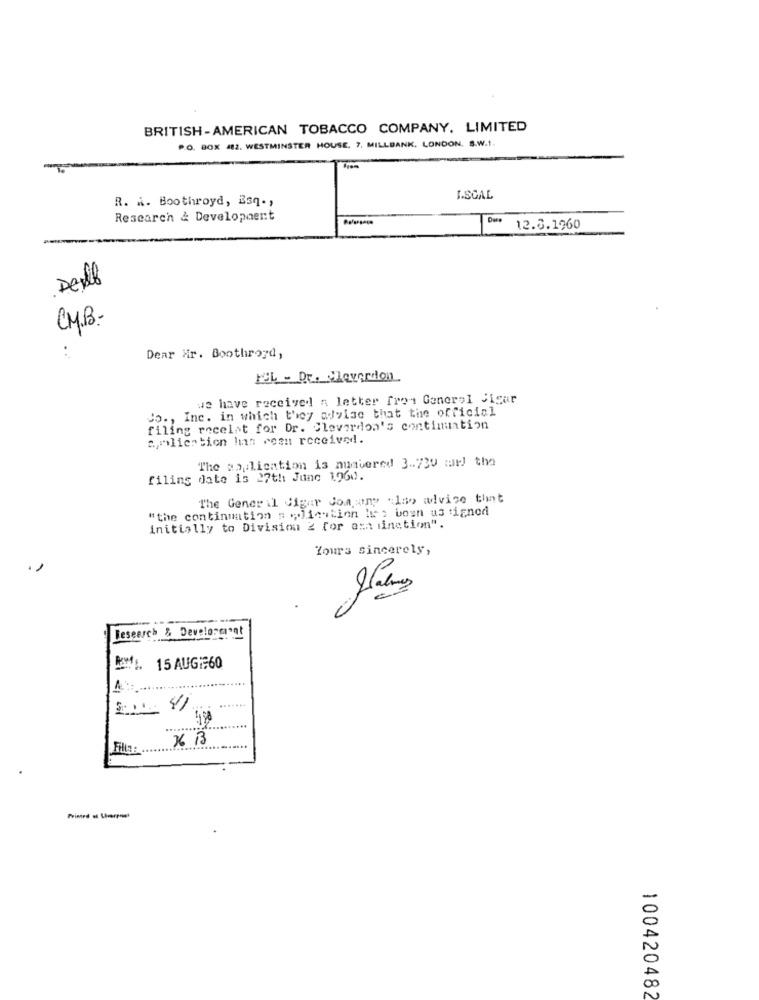
BRITISH-AMERICAN TOBACCO COMPANY. LIMITED
P.O. BOX 482. WESTMINSTER HOUSE, 7. MILLBANK, LONDON, S.W.1.
R. A. Boothroyd, Esq .,
I.SCAL
Research & Development
12.8.1960
Del
CMB-
..
Dear Hr. Boothroyd,
FEL - Dr. Cloversion
we have received a letter frei Generel Sigar
Co ., Inc. in which they advise that the official
filing recelat for Dr. Cleverdon's continuation
application han reen received.
The application is nuavered 3 .. 730 marl tha
filing date is 27th June 1960.
The Generi1 Cigar Soniny also advise that
"the continuation s poliention lip; boun as igned
initially to Division 2 for ama iinction".
Yours sincerely,
Research & Development
15 AUG:960
X B
-
00
100420482